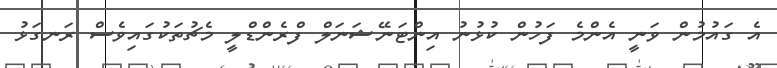
އެ ގައުމުން ވަނީ އެންމެ ފަހުން ކުޅުނު އިންޓަނޭޝަނަލް ފްރެންޑްލީ މެޗުތަކުގައިވެސް ރަނގަޅު